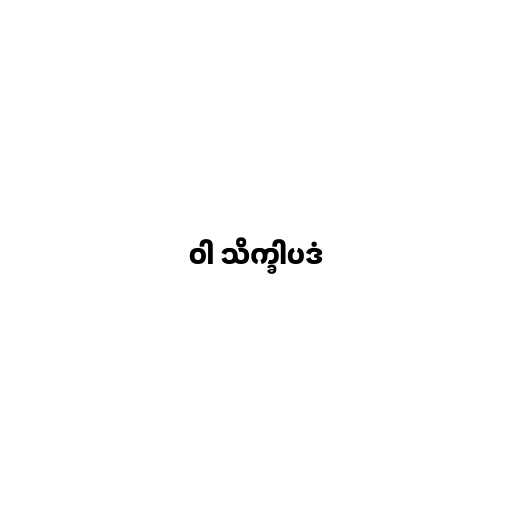
ဝါ သိက္ခါပဒံ